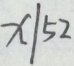
X \vert 5 2